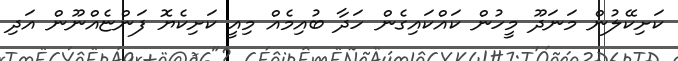
ކަށިކޭލުން މަނަދޫ މީހުން ކައްކައިގެން ހަދާ ބުއިމެއް މިއީ ކަށިކެޔޮ ފަންޏެއްނޫން އަދި